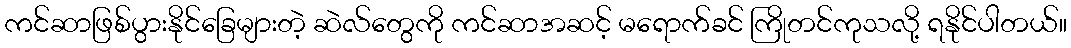
ကင်ဆာဖြစ်ပွားနိုင်ခြေများတဲ့ ဆဲလ်တွေကို ကင်ဆာအဆင့် မရောက်ခင် ကြိုတင်ကုသလို့ ရနိုင်ပါတယ်။